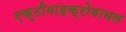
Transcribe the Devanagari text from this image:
एक्टीमाइक्रोबायल